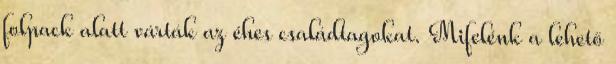
folpack alatt várták az éhes családtagokat. Mifelénk a lehető